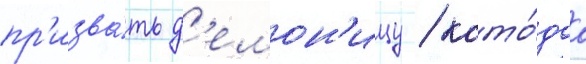
пр'изва́ть д'емон'ицу / кото́раа